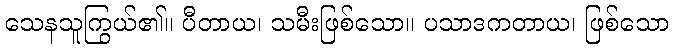
သေနသူကြွယ်၏။ ပီတာယ၊ သမီးဖြစ်သော။ ပသာဒကတာယ၊ ဖြစ်သော